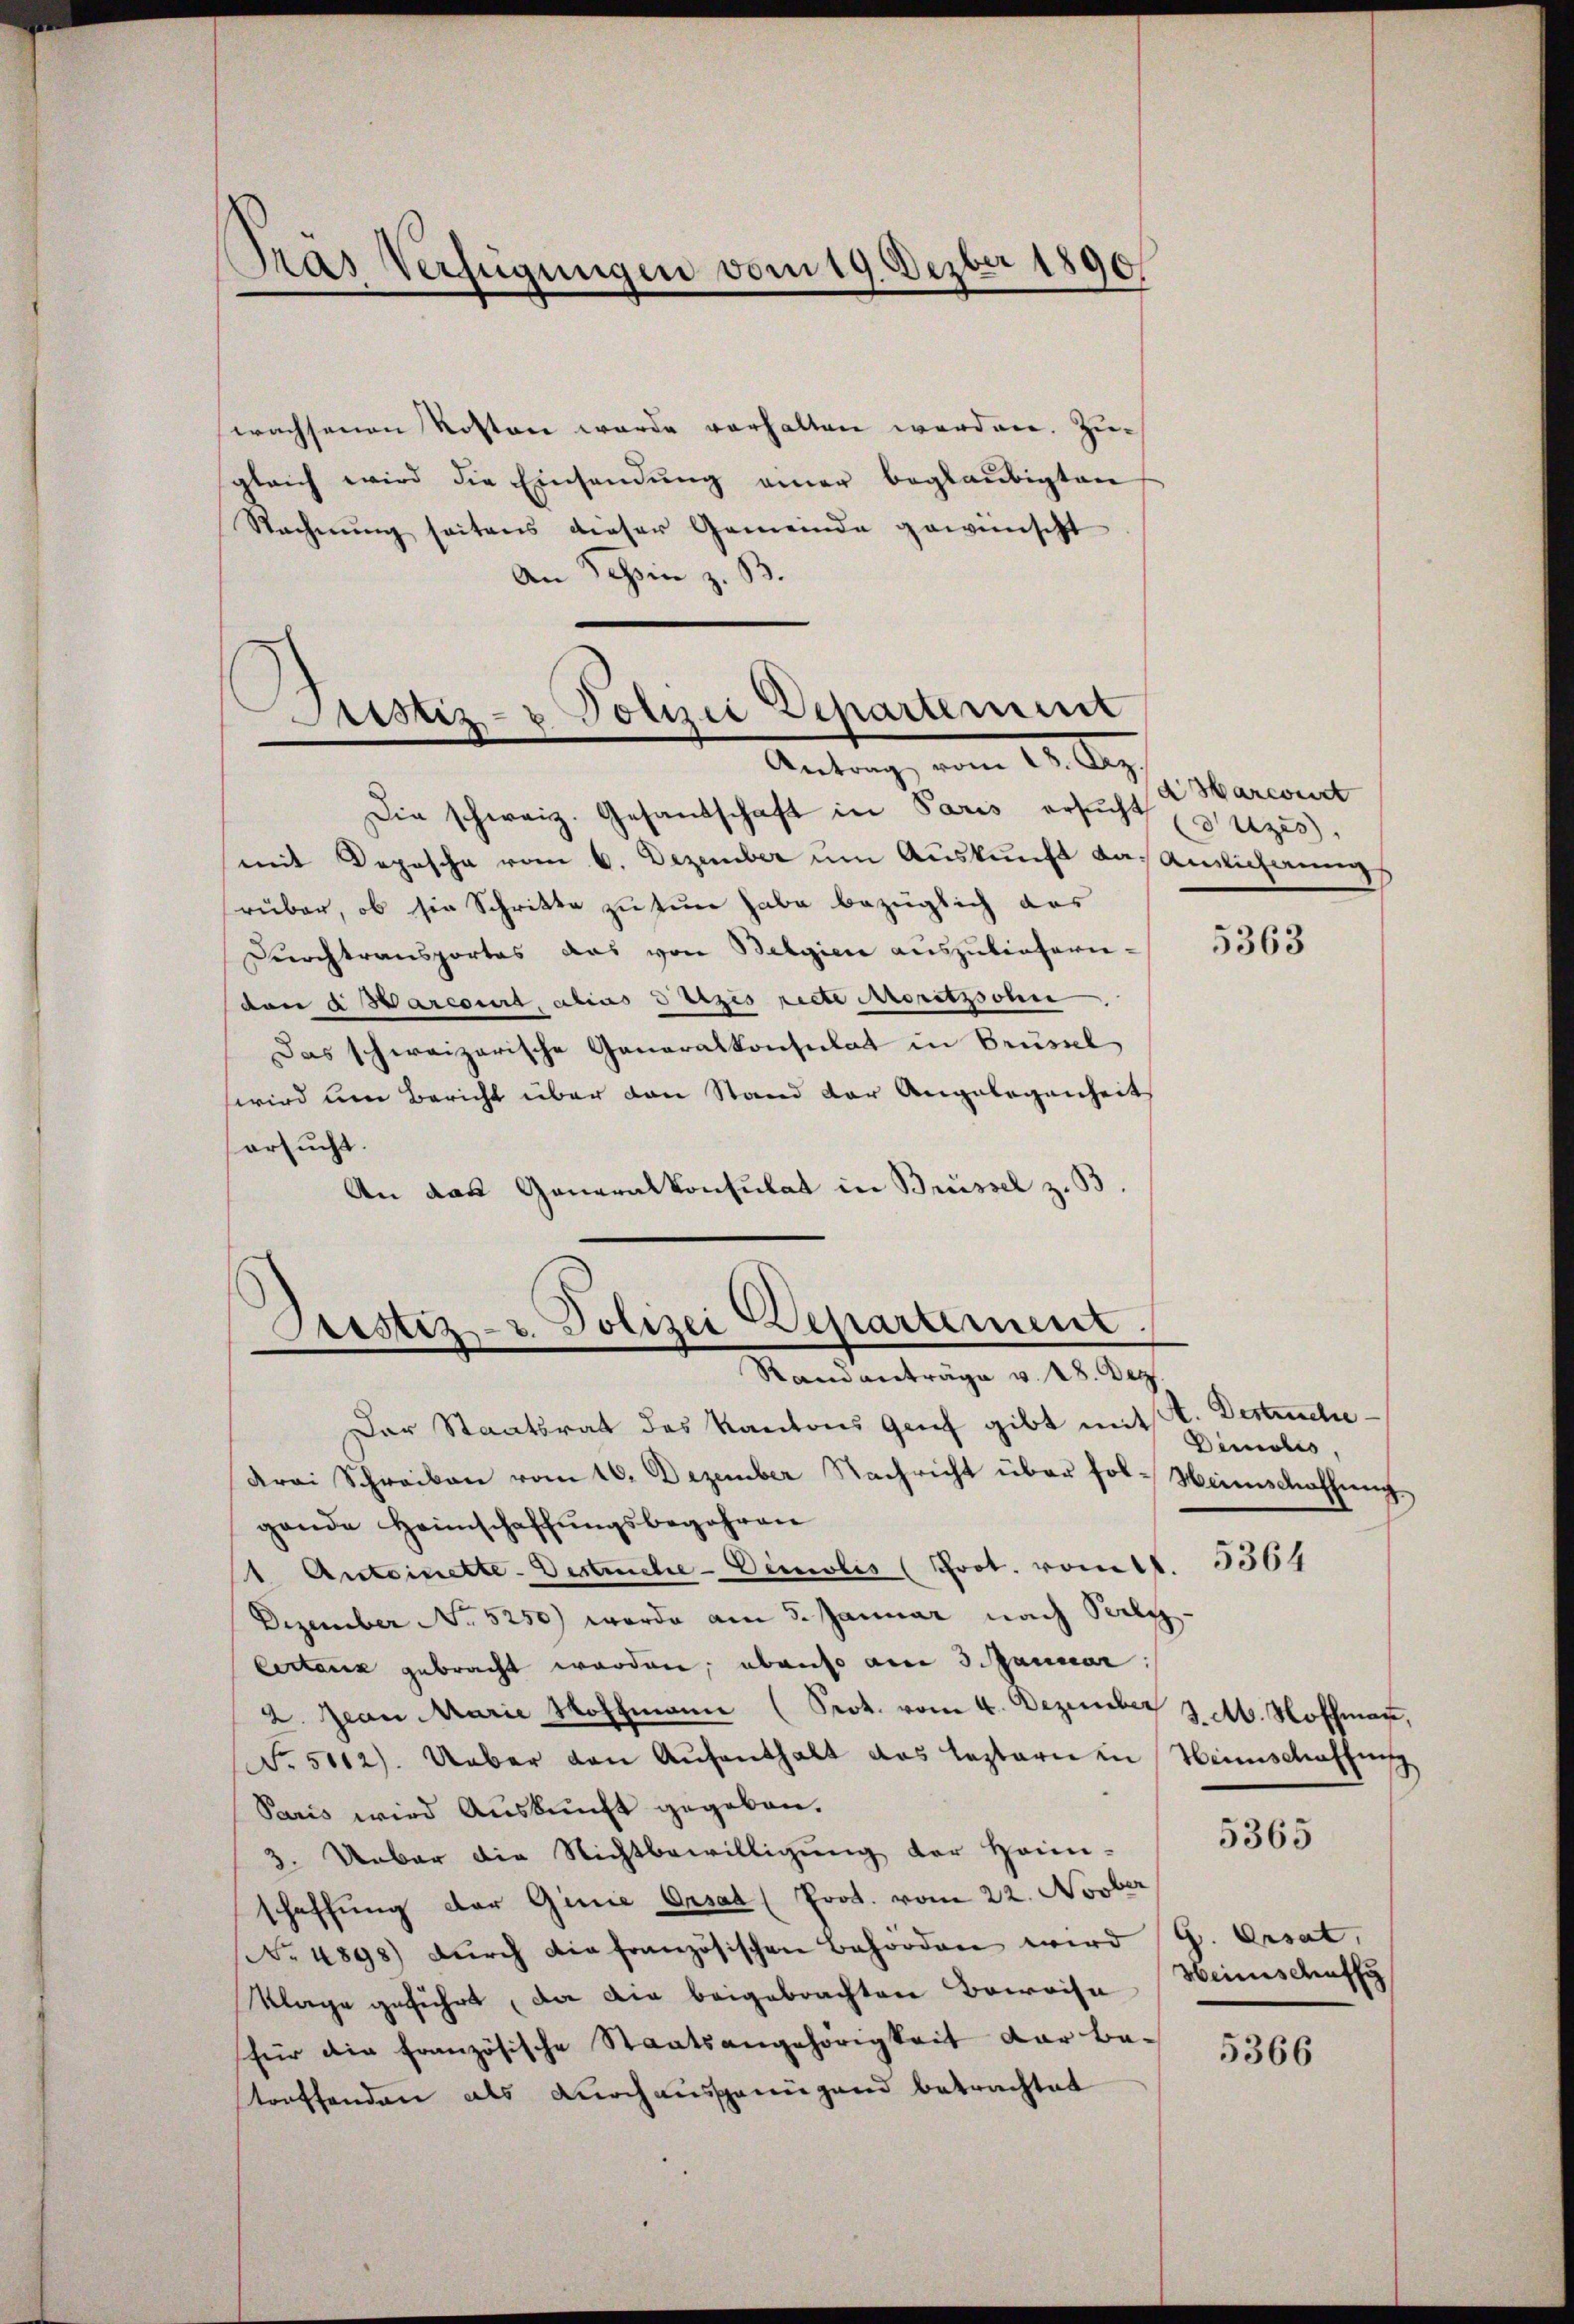
Gras Verfügungen vom 19. Dezber 1890

wachsenen Kosten wurde vorhalten werden. Zur
gleich wird die Einsendŭng einer beglaubigten
Racherŭng seitens dieser Gemeinde gewünscht
An Schin z. B.

Die schweiz. Gesandschaft in Paris ersŭcht setzes
mit Depesche vom 6. Dezember um Auskunft das Auslicherung
ruber, ob sie Schritte zu tun habe bezüglich das
Durchtransportes das von Belgien auszulieferie-
ton a Marcourt, alias Sitzis rette Moritzsoni
Das schweizerische Generalkonsulat in Brustel
wird um Bericht über den Stand der Angelegenheit
ersucht.
An das Generalkonsulat in Brüssel z. B.
Der Staatsrat des Kantons Genf gibt mitt. Destreche
drei Schreiben vom 16. Dezember Nachricht über fol-Heimschaffung
gande Heimschaffungsbegehren
1. Antoinette-Vertrüche-Cimlis (Prot. vom 1. 3364
Dezember No 5250) werde am 5. Januar nach Perly-
Certarck gebracht worden, ebenso am 3. Januar
2. Jean Marie Hoffmann (Prot. vom 4. Dezember 3. Ab. Hoffmann,
N. 5112). Ueber den Aufenthalt das leztern in
Paris wird Auskunft gegeben.
3. Ueber die Nichtbewilligung der Heim-
schaffung der Ginie Orsad (Prot. vom 22. Novber
No 4898) durch die französischen Behörden wird G. Ersat
Klage geführt, da die beigebrachten Beweise Weinschaffe
für die französische Staatsangehörigkeit der betroffenden als durchausgenügend betrachtet

Justiz- & Polizei Departement
Antrag vom 18. Dez.

Custiz- u. Polizei Departement
Randanträge v. 28. Dez

d Marcourt

5363

Dinstes,

Hinschaffung

5365

5366